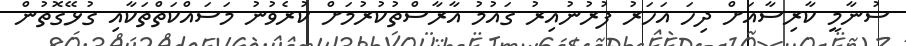
ސުނާމީ ކާރިސާއަށް ދިހަ އަހަރު ފުރުނުއިރު ގައުމު އާރާސްތުކުރުމަށް ކުރެވުނު މަސައްކަތްތަކާއި ގުޅޭގޮތުން